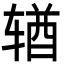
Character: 𬨎